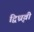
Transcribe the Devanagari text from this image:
द्विध्रृवी